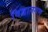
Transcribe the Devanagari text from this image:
विद्वानगण